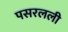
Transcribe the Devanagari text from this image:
पसरलली